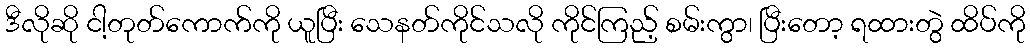
ဒီလိုဆို ငါ့တုတ်ကောက်ကို ယူပြီး သေနတ်ကိုင်သလို ကိုင်ကြည့် စမ်းကွာ၊ ပြီးတော့ ရထားတွဲ ထိပ်ကို